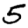
Digit: 5